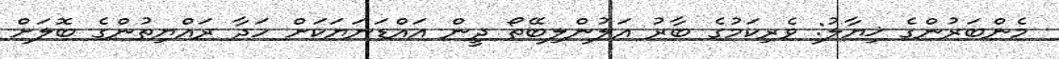
މެންބަރުންގެ ޚިޔާލު: ވެރިކަމުގެ ބާރު އަލުންލިބޭތޯ ދީން އައްޑަނަޔަކަށް ހަދާ ރައްޔިތުންގެ ބޮލަށް